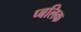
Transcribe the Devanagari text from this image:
प्बलिक